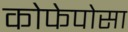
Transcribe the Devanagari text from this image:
कोफेपोसा